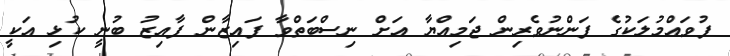
ފުވައްމުލަކުގެ ފަންނުވެރިން ޖަމިއްޔާ އަށް ނިސްބަތްވާ ފައިޒާން ފާއިޒު ބުނީ ކުޅި އަކީ